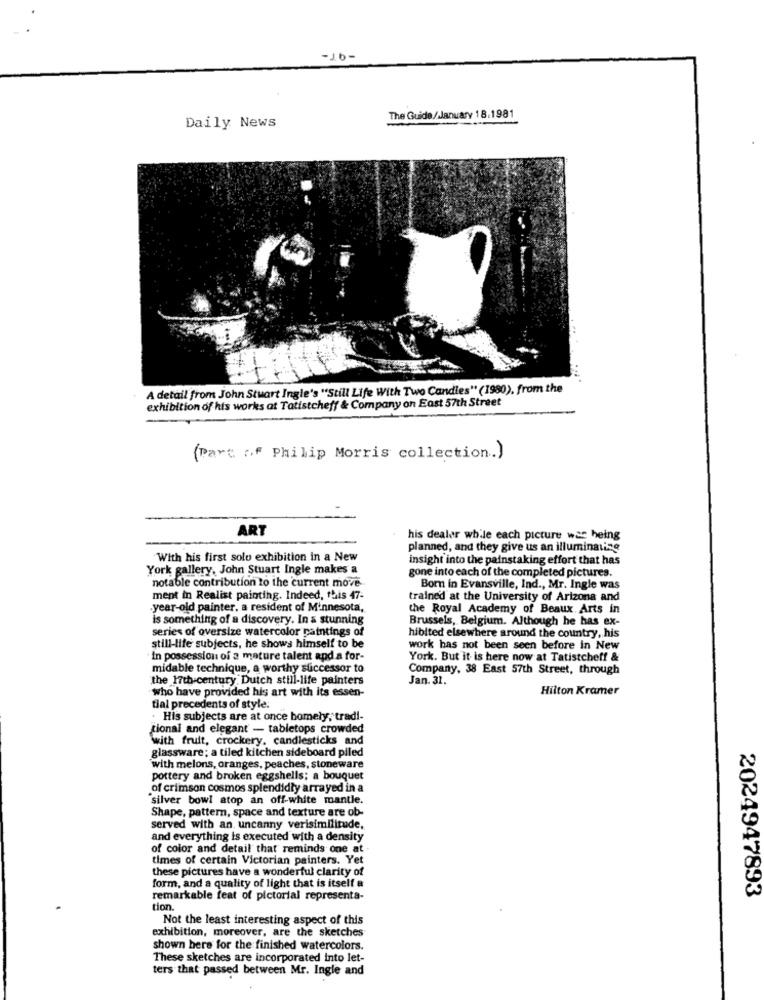
-Jb-
The Guide/January 18.1981
Daily News
A detail from John Stuart Ingle's "Still Life With Two Candles" (1980), from the
exhibition of his works at Tatistcheff & Company on East 57th Street
(Part of Philip Morris collection.)
ART
his dealer while each picture was being
planned, and they give us an illuminating
With his first solo exhibition in a New
insight into the painstaking effort that has
York gallery, John Stuart Ingle makes a
gone into each of the completed pictures.
notable contribution to the current move ..
Bom in Evansville, Ind ., Mr. Ingle was
ment in Realist painting. Indeed, this 47-
trained at the University of Arizona and
.year-old painter, a resident of Minnesota,
the Royal Academy of Beaux Arts in
is something of a discovery. In a stunning
Brussels, Belgium. Although he has ex-
series of oversize watercolor paintings of
hibited elsewhere around the country, his
still-life subjects, he shows himself to be
work has not been seen before in New
In possession of a mature talent and a for-
York. But it is here now at Tatistcheff &
midable technique, a worthy successor to
Company, 38 East 57th Street, through
the 17th-century Dutch still-life painters
Jan. 31.
who have provided his art with its essen-
Hilton Kramer
tial precedents of style.
. His subjects are at once homely, tradi-
tional and elegant - tabletops crowded
with fruit, crockery, candlesticks and
glassware; a tiled kitchen sideboard piled
with melons, oranges, peaches, stoneware
pottery and broken eggshells; a bouquet
of crimson cosmos splendidty arrayed in a
"silver bowl atop an off-white mantle.
Shape, pattern, space and texture are ob-
served with an uncanny verisimilimade,
and everything is executed with a density
of color and detail that reminds one at
times of certain Victorian painters. Yet
these pictures have a wonderful clarity of
form, and a quality of light that is itself a
remarkable feat of pictorial representa-
2024947893
tion.
Not the least interesting aspect of this
exhibition, moreover, are the sketches
shown here for the finished watercolors.
These sketches are incorporated into let-
ters that passed between Mr. Ingle and